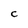
Character: C